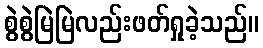
စွဲစွဲမြဲမြဲလည်းဖတ်ရှုခဲ့သည်။